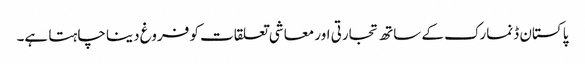
پاکستان ڈنمارک کے ساتھ تجارتی اور معاشی تعلقات کو فروغ دینا چاہتا ہے۔